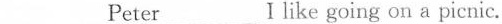
___ Peter ___ Ⅰlike going on a picnic.